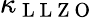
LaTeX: \kappa_{\mathrm{~L~L~Z~O~}}